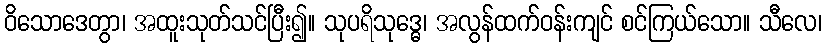
ဝိသောဒေတွာ၊ အထူးသုတ်သင်ပြီး၍။ သုပရိသုဒ္ဓေ၊ အလွန်ထက်ဝန်းကျင် စင်ကြယ်သော။ သီလေ၊